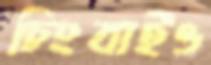
চিংবাইও